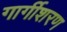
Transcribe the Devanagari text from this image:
गार्गीशरण